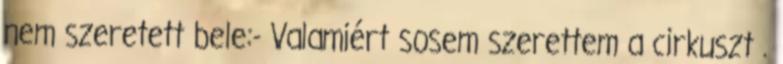
nem szeretett bele:- Valamiért sosem szerettem a cirkuszt .